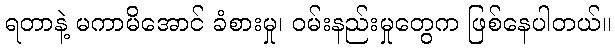
ရတာနဲ့ မကာမိအောင် ခံစားမှု၊ ဝမ်းနည်းမှုတွေက ဖြစ်နေပါတယ်။